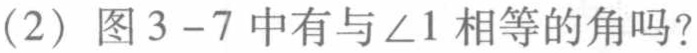
(2) 图3 - 7中有与\(\angle1\)相等的角吗？